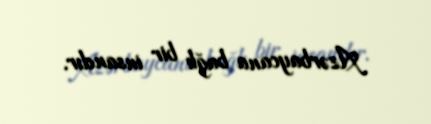
Azərbaycana bağlı bir insandır.